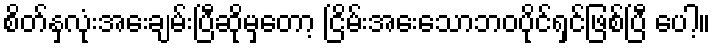
စိတ်နှလုံးအေးချမ်းပြီဆိုမှတော့ ငြိမ်းအေးသောဘဝပိုင်ရှင်ဖြစ်ပြီ ပေါ့။